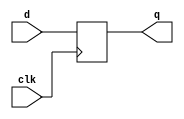
//DFF  ==> D-Flip-Flop

module top_module (
    input clk,
    input [7:0] d,
    output reg [7:0] q
);

    always@(posedge clk)
    begin
        q = d;
    end


endmodule